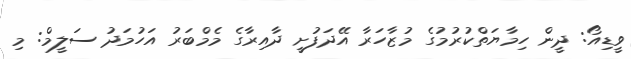
ވީޑިއޯ: ދީން ހިމާޔަތްކުރުމުގެ މުޒާހަރާ އޭދަފުށީ ދާއިރާގެ މެމްބަރު އަހުމަދު ސަލީމް: މި